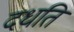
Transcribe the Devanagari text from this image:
दधति